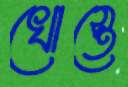
খোস্তে